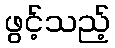
ဖွင့်သည့်